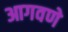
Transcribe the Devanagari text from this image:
आगवणे